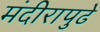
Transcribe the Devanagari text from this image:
मंदीरापुढे